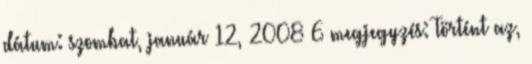
dátum: szombat, január 12, 2008 6 megjegyzés: Történt az,